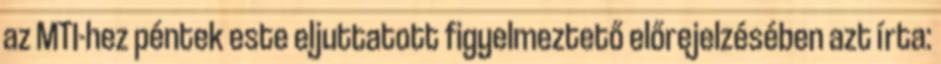
az MTI-hez péntek este eljuttatott figyelmeztető előrejelzésében azt írta: